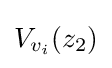
V_{v_{i}}(z_{2})